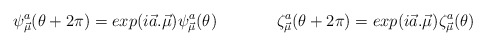
\begin{align*}\psi^a_{\vec{\mu}}(\theta+ 2\pi)=exp (i\vec{ a}. \vec{\mu}) \psi^a_{\vec{\mu}}(\theta) \hspace{.6in} \zeta^a_{\vec{\mu}}(\theta+ 2\pi)=exp(i \vec{a}. \vec{\mu}) \zeta^a_{\vec{\mu}} (\theta)\end{align*}